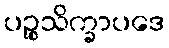
ပဉ္စသိက္ခာပဒေ